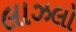
લાઝલો